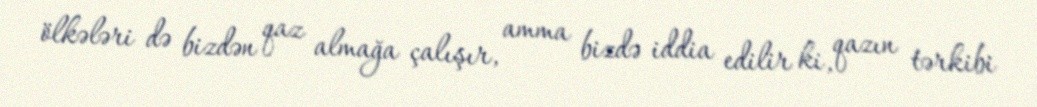
ölkələri də bizdən qaz almağa çalışır, amma bizdə iddia edilir ki, qazın tərkibi